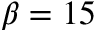
\beta = 1 5